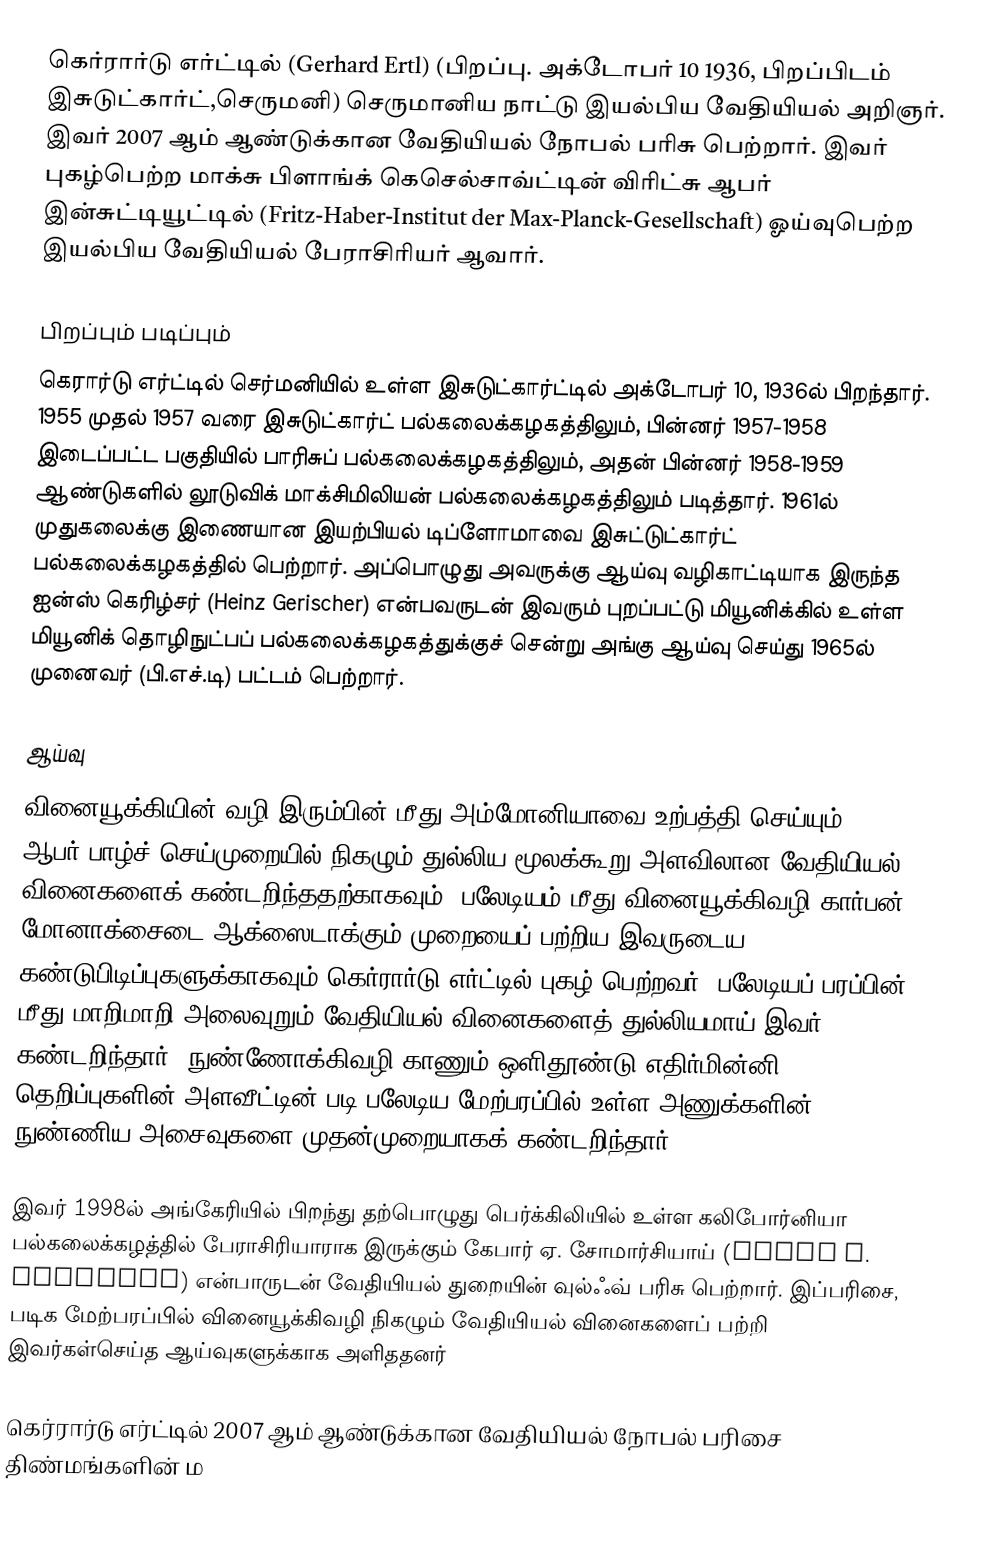
கெர்ரார்டு எர்ட்டில் (Gerhard Ertl) (பிறப்பு. அக்டோபர் 10 1936, பிறப்பிடம் இசுடுட்கார்ட்,செருமனி) செருமானிய நாட்டு இயல்பிய வேதியியல் அறிஞர். இவர் 2007 ஆம் ஆண்டுக்கான வேதியியல் நோபல் பரிசு பெற்றார். இவர் புகழ்பெற்ற மாக்சு பிளாங்க் கெசெல்சாவ்ட்டின் விரிட்சு ஆபர் இன்சுட்டியூட்டில் (Fritz-Haber-Institut der Max-Planck-Gesellschaft) ஓய்வுபெற்ற இயல்பிய வேதியியல் பேராசிரியர் ஆவார்.

பிறப்பும் படிப்பும்
கெரார்டு எர்ட்டில் செர்மனியில் உள்ள இசுடுட்கார்ட்டில் அக்டோபர் 10, 1936ல் பிறந்தார். 1955 முதல் 1957 வரை இசுடுட்கார்ட் பல்கலைக்கழகத்திலும், பின்னர் 1957-1958 இடைப்பட்ட பகுதியில் பாரிசுப் பல்கலைக்கழகத்திலும், அதன் பின்னர் 1958-1959 ஆண்டுகளில் லூடுவிக் மாக்சிமிலியன் பல்கலைக்கழகத்திலும் படித்தார். 1961ல் முதுகலைக்கு இணையான இயற்பியல் டிப்ளோமாவை இசுட்டுட்கார்ட் பல்கலைக்கழகத்தில் பெற்றார். அப்பொழுது அவருக்கு ஆய்வு வழிகாட்டியாக இருந்த ஐன்ஸ் கெரிழ்சர் (Heinz Gerischer) என்பவருடன் இவரும் புறப்பட்டு மியூனிக்கில் உள்ள மியூனிக் தொழிநுட்பப் பல்கலைக்கழகத்துக்குச் சென்று அங்கு ஆய்வு செய்து 1965ல் முனைவர் (பி.எச்.டி) பட்டம் பெற்றார்.

ஆய்வு
வினையூக்கியின் வழி இரும்பின் மீது அம்மோனியாவை உற்பத்தி செய்யும் ஆபர்-பாழ்ச் செய்முறையில் நிகழும் துல்லிய மூலக்கூறு அளவிலான வேதியியல் வினைகளைக் கண்டறிந்ததற்காகவும், பலேடியம் மீது  வினையூக்கிவழி கார்பன் மோனாக்சைடை ஆக்ஸைடாக்கும் முறையைப் பற்றிய இவருடைய கண்டுபிடிப்புகளுக்காகவும் கெர்ரார்டு எர்ட்டில் புகழ் பெற்றவர்.  பலேடியப் பரப்பின் மீது மாறிமாறி அலைவுறும் வேதியியல் வினைகளைத் துல்லியமாய் இவர் கண்டறிந்தார்.  நுண்ணோக்கிவழி காணும் ஒளிதூண்டு எதிர்மின்னி தெறிப்புகளின் அளவீட்டின் படி பலேடிய மேற்பரப்பில் உள்ள அணுக்களின் நுண்ணிய அசைவுகளை முதன்முறையாகக் கண்டறிந்தார்.

இவர் 1998ல் அங்கேரியில் பிறந்து தற்பொழுது பெர்க்கிலியில் உள்ள கலிபோர்னியா பல்கலைக்கழத்தில் பேராசிரியாராக இருக்கும் கேபார் ஏ. சோமார்சியாய் (Gabor A. Somorjai) என்பாருடன் வேதியியல் துறையின் வுல்ஃவ் பரிசு பெற்றார். இப்பரிசை, படிக மேற்பரப்பில் வினையூக்கிவழி நிகழும் வேதியியல் வினைகளைப் பற்றி இவர்கள்செய்த ஆய்வுகளுக்காக அளிததனர்

கெர்ரார்டு எர்ட்டில் 2007 ஆம் ஆண்டுக்கான வேதியியல் நோபல் பரிசை திண்மங்களின் ம